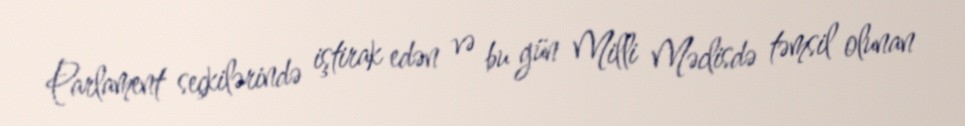
Parlament seçkilərində iştirak edən və bu gün Milli Məclisdə təmsil olunan